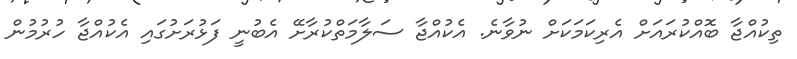
ތިކުއްޖާ ބޮއްކުރައަށް އެރިކަމަކަށް ނުވާނެ. އެކުއްޖާ ސަލާމަތްކުރާށޭ އެބުނީ ފަޅުރަށުގައި އެކުއްޖާ ހުރުމުން